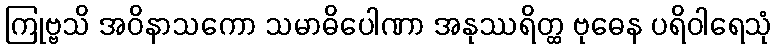
ကြုဗ္ဗသိ အဝိနာသကော သမာဓိပေါဏာ အနုဿရိတ္ထ ဗုဓေန ပရိဝါရေသုံ